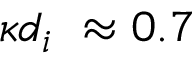
\kappa d _ { i } ~ \approx 0 . 7